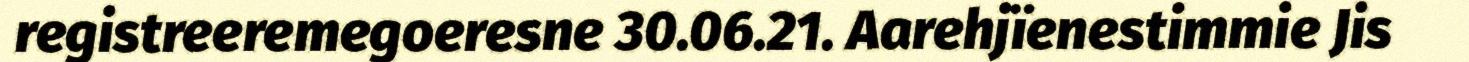
registreeremegoeresne 30.06.21. Aarehjïenestimmie Jis